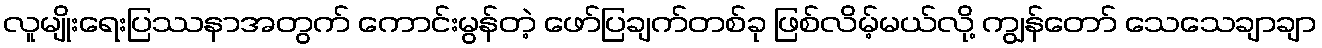
လူမျိုးရေးပြဿနာအတွက် ကောင်းမွန်တဲ့ ဖော်ပြချက်တစ်ခု ဖြစ်လိမ့်မယ်လို့ ကျွန်တော် သေသေချာချာ